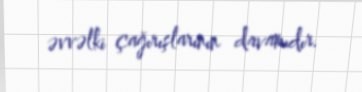
əvvəlki çağırışlarının davamıdır.